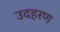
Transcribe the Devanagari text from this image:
उदहरण